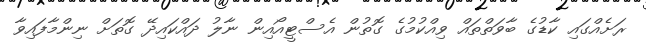
ރަށެއްގައި ކާޑުގެ ބާވަތްތައް ވިއްކުމުގެ ގޮތުން އެސްޓީއޯއިން ނާލު ދައްކައިދޭ ގޮތަށް ނިންމާފައިވާ